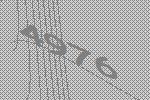
4976